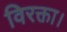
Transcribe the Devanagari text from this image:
विरक्ता।